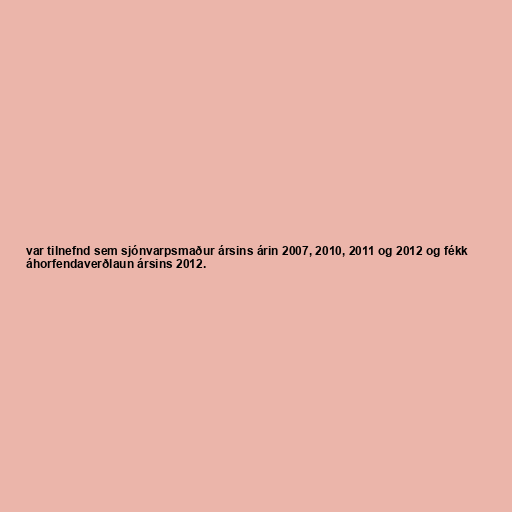
var tilnefnd sem sjónvarpsmaður ársins árin 2007, 2010, 2011 og 2012 og fékk
áhorfendaverðlaun ársins 2012.